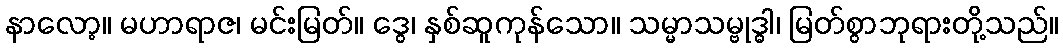
နာလော့။ မဟာရာဇ၊ မင်းမြတ်။ ဒွေ၊ နှစ်ဆူကုန်သော။ သမ္မာသမ္ဗုဒ္ဓါ၊ မြတ်စွာဘုရားတို့သည်။